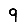
Digit: 9